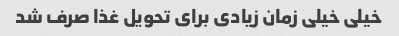
خیلی خیلی زمان زیادی برای تحویل غذا صرف شد